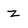
Character: z